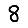
Digit: 8